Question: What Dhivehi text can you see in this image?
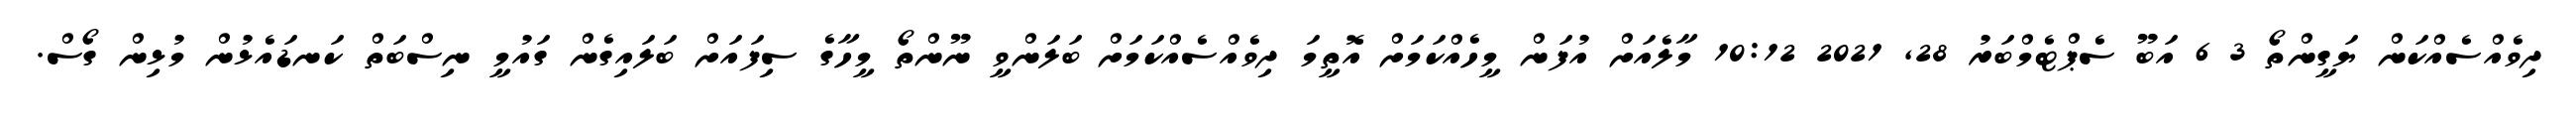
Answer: ދިވެއްސެއްކަން ޔަގީންތޯ 3 6 އަބޫ ސެޕްޓެމްބަރު 28, 2021 10:12 މާލެއަށް އުފަން މީހެއްކަމަށް އޮތީމަ ދިވެއްސެއްކަމަށް ބަލަންވީ ނޫންތޯ މީހާގެ ސިފައަށް ބަލައިގެން ގައުމީ ނިސްބަތް ކަނޑައެޅުން މުޅިން ގޯސް.